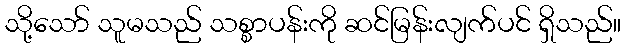
သို့သော် သူမသည် သစ္စာပန်းကို ဆင်မြန်းလျက်ပင် ရှိသည်။